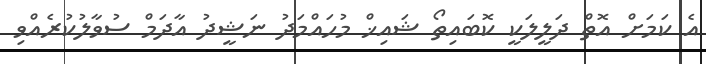
އެ ކަމަށް އޮތް ދަލީލަކީ ކޮބައިތޯ ޝައިޚް މުހައްމަދު ނަޝީދު އާދަމް ސުވާލުކުރެއްވި